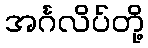
အင်္ဂလိပ်တို့